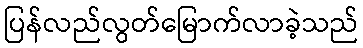
ပြန်လည်လွတ်မြောက်လာခဲ့သည်